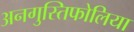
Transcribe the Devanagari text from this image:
अनगुस्तिफोलिया